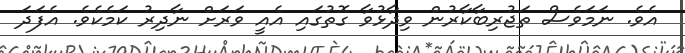
އެވެ. ނަމަވެސް ތަޖުރިބާކާރުން ވިދާޅުވާ ގޮތުގައި އެއީ ވަރަށް ނާދިރު ކަމެކެވެ. އެފަދަ